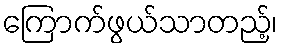
ကြောက်ဖွယ်သာတည့်၊